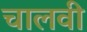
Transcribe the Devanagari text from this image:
चालवी